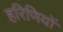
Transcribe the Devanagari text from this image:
हरिणियों